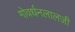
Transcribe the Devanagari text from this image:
गोवर्धनलालजी